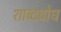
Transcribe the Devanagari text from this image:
शाब्दबोध